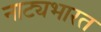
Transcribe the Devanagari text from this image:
नाट्यभारत